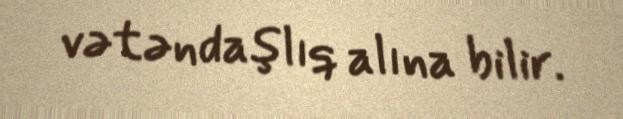
vətəndaşlıq alına bilir.